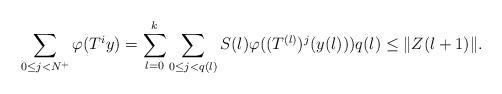
LaTeX: \begin{align*}\sum_{0 \leq j < N^+}\varphi(T^iy) = \sum_{l=0}^k\sum_{0\leq j <q(l)}S(l)\varphi((T^{(l)})^j(y(l)))q(l) \leq \|Z(l+1)\|.\end{align*}